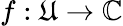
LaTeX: f:\mathfrak{U}\rightarrow\mathbb{{C}}